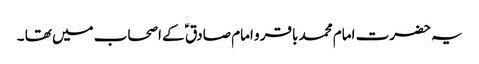
یہ حضرت امام محمد باقر و امام صادق ؑ کے اصحاب میں تھا ۔